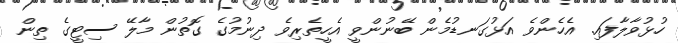
ހުޅުވާލާފައި. އެހެންވެ އަޅުގަނޑުމެން ބޭނުންވީ އެހީތެރިވެ ދިނުމުގެ ގޮތުން މާލޭ ސިޓީގެ ތިން